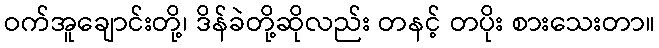
ဝက်အူချောင်းတို့၊ ဒိန်ခဲတို့ဆိုလည်း တနင့် တပိုး စားသေးတာ။